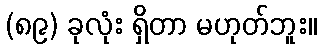
(၈၉) ခုလုံး ရှိတာ မဟုတ်ဘူး။